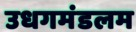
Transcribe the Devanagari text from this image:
उधगमंडलम